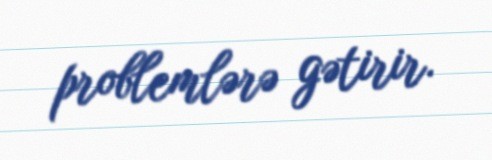
problemlərə gətirir.